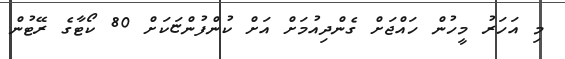
މި އަހަރު މީހުން ހައްޖަށް ގެންދިއުމަށް އަށް ކުންފުންޏަކަށް 80 ކޯޓާގެ ރޭޓުން